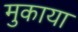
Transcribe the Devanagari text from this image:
मुकाया